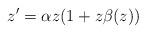
LaTeX: \begin{align*}z'=\alpha z(1+z\beta(z))\end{align*}